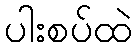
ပါးစပ်ထဲ